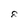
Character: 8